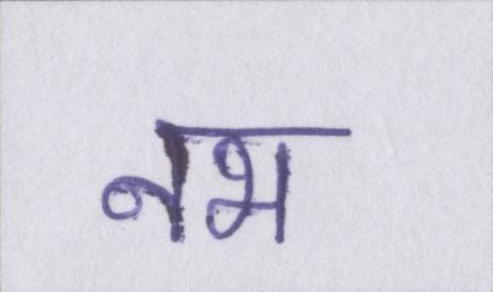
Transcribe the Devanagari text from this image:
नभ